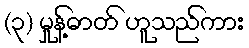
(၃) မှုန့်ဓာတ် ဟူသည်ကား